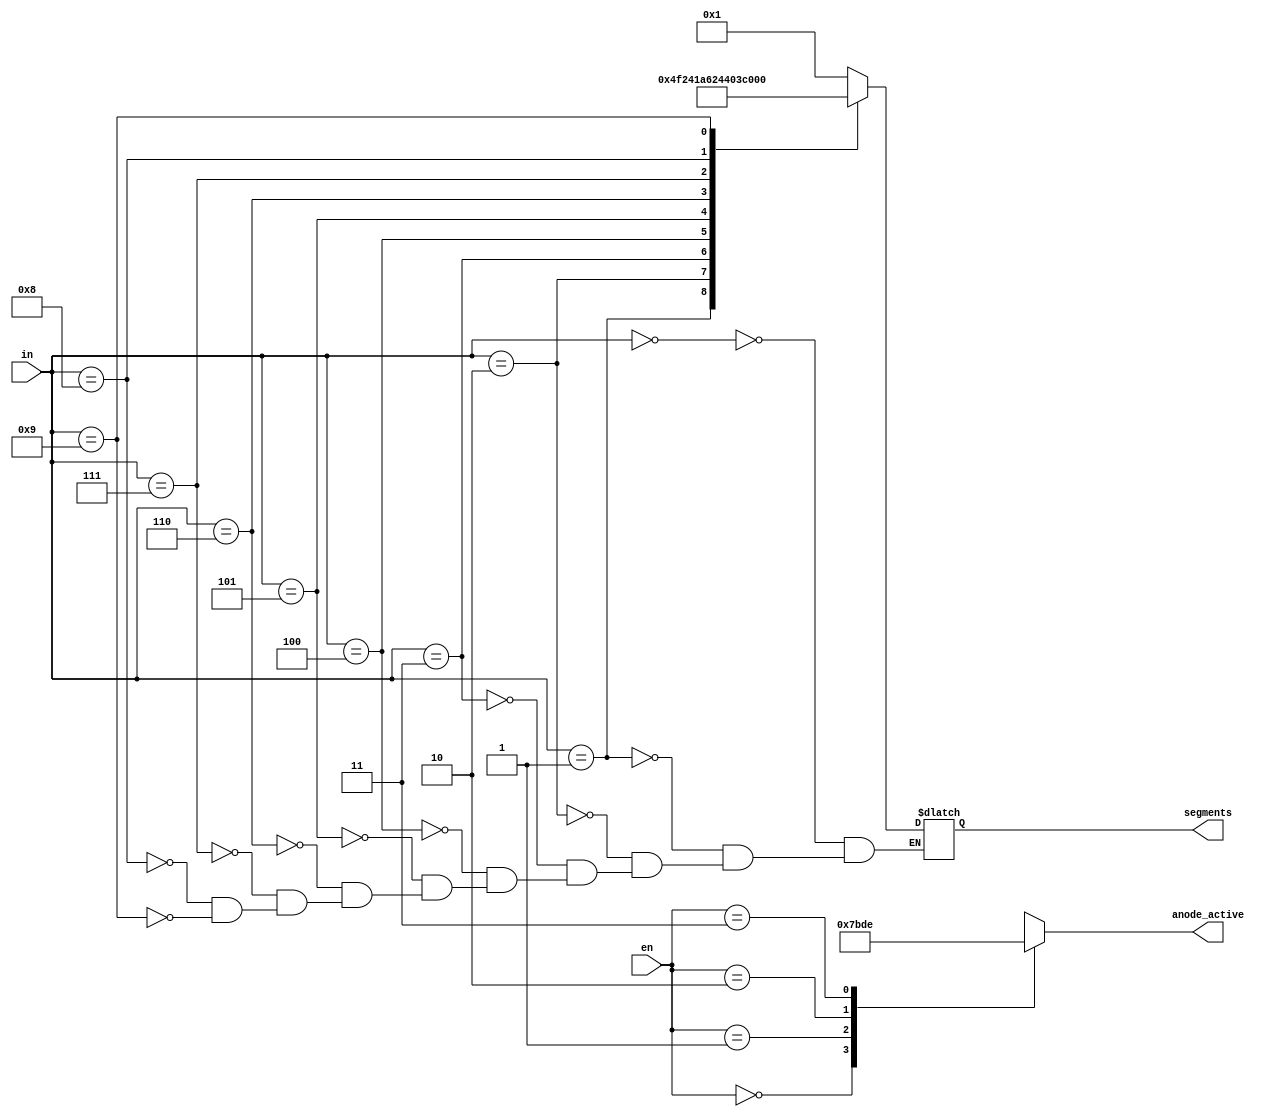
`timescale 1ns / 1ps
//////////////////////////////////////////////////////////////////////////////////
// Company: 
// Engineer: 
// 
// Design Name: 
// Module Name: SevenSegDecWithEn
// Project Name: 
// Target Devices: 
// Tool Versions: 
// Description: 
// 
// Dependencies: 
// 
// Revision:
// Revision 0.01 - File Created
// Additional Comments:
// 
//////////////////////////////////////////////////////////////////////////////////

module SevenSegDecWithEn(
input [1:0] en,
input [3:0] in,
output reg [6:0] segments,
output reg [3:0] anode_active);
always @ (in,en) begin
case(en)
0: anode_active= 4'b0111;
1: anode_active = 4'b1011;
2: anode_active = 4'b1101;
3: anode_active = 4'b1110;
endcase

 case(in)
  0: segments = 7'b0000001; 
  1: segments = 7'b1001111;
  2: segments = 7'b0010010;
  3: segments = 7'b0000110;
  4: segments = 7'b1001100;
  5: segments = 7'b0100100;
  6: segments = 7'b0100000;
  7: segments = 7'b0001111;
  8: segments = 7'b0000000;
  9: segments = 7'b0000100;
//  10: segments =7'b0001000;
//  11: segments =7'b1100000;
//  12: segments =7'b0110001;
//  13: segments =7'b1000010;
//  14: segments =7'b0110000;
//  15: segments =7'b0111000;
  
  
  endcase

end
endmodule